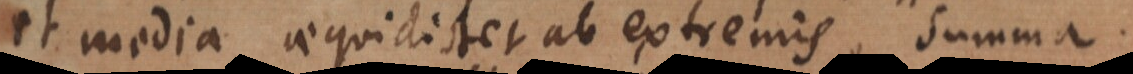
et media aequidistet ab extremis, summa